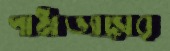
পাঠাভ্যাসের